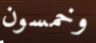
وخمسون